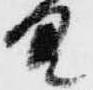
具